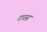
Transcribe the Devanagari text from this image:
टारस